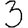
Digit: 3